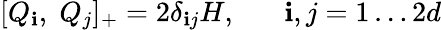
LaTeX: [Q_{\mathbf{i}},\; Q_{j}]_{+}=2\delta_{\mathbf{i}j}H,\; \; \; \; \; \; \mathbf{i},j=1\ldots2d